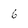
Character: 6